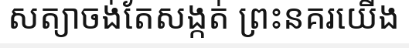
សត្យាចង់តែសង្កត់ ព្រះនគរយើង